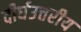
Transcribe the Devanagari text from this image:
दीर्घउत्तरीय